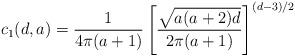
LaTeX: \begin{align*} c_{1}(d,a) = \frac{1}{4 \pi (a+1)} \left[ \frac{\sqrt{a(a+2)d}}{2\pi(a+1)} \right]^{(d-3)/2}\end{align*}